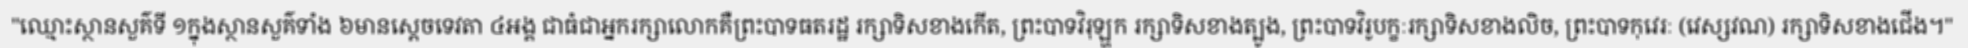
"ឈ្មោះស្ថានសួគ៌ទី ១ក្នុងស្ថានសួគ៌ទាំង ៦មានស្តេចទេវតា ៤អង្គ ជាធំជាអ្នករក្សាលោកគឺព្រះបាទធតរដ្ឋ រក្សាទិសខាងកើត, ព្រះបាទវិរុឡ្ហក រក្សាទិសខាងត្បូង, ព្រះបាទវិរូបក្ខៈរក្សាទិសខាងលិច, ព្រះបាទកុវេរៈ (វេស្សវណ) រក្សាទិសខាងជើង។"